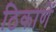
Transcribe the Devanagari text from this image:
ठिकाणें